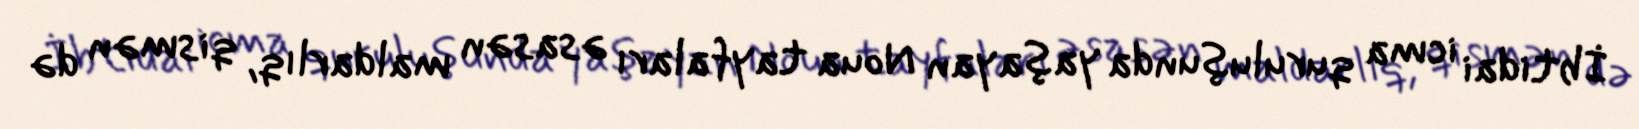
İbtidai icma quruluşunda yaşayan Noua tayfaları əsasən maldarlıq, qismən də